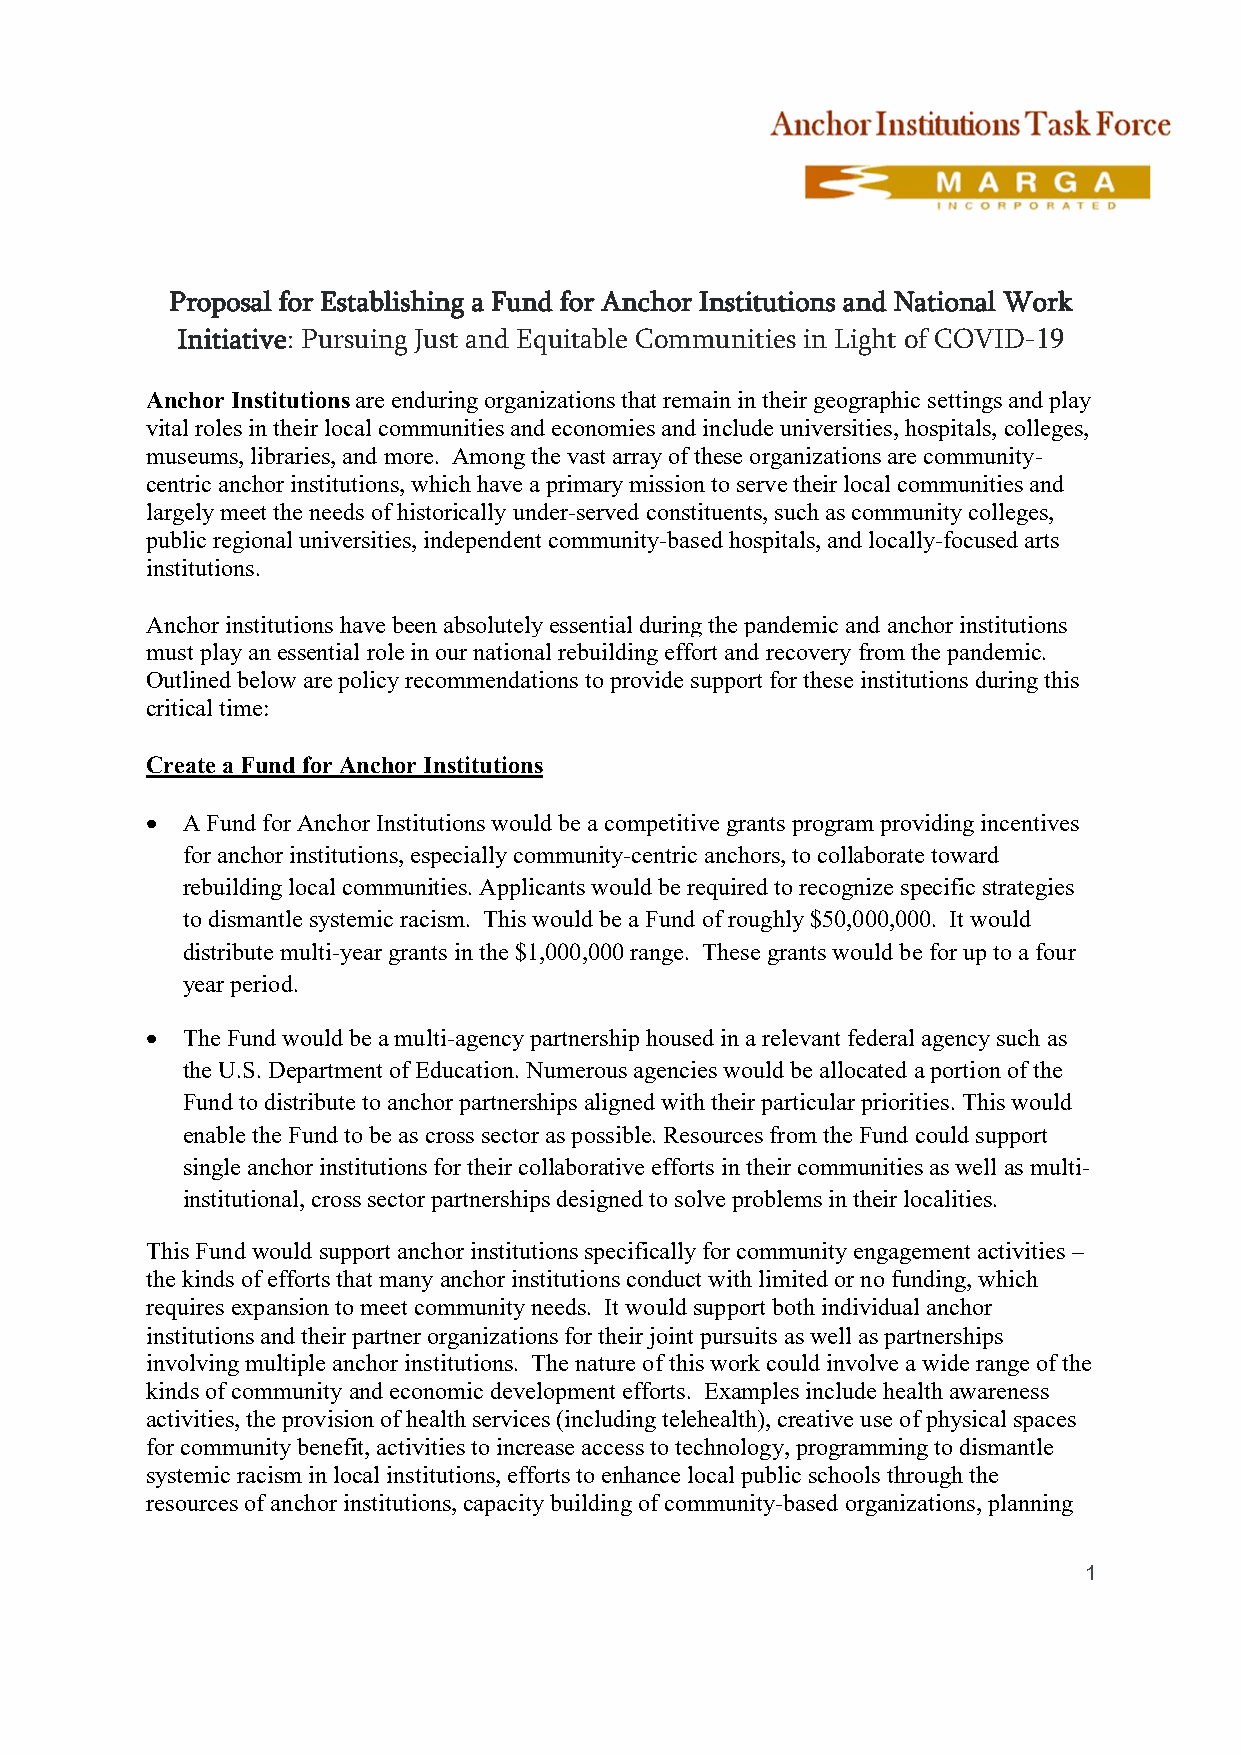
Proposal for Establishing a Fund for Anchor Institutions and National Work
 Initiative: Pursuing Just and Equitable Communities in Light of COVID-19
 Anchor Institutions are enduring organizations that remain in their geographic settings and play
 vital roles in their local communities and economies and include universities, hospitals, colleges,
 museums, libraries, and more. Among the vast array of these organizations are community-
 centric anchor institutions, which have a primary mission to serve their local communities and
 largely meet the needs of historically under-served constituents, such as community colleges,
 public regional universities, independent community-based hospitals, and locally-focused arts
 institutions.
 Anchor institutions have been absolutely essential during the pandemic and anchor institutions
 must play an essential role in our national rebuilding effort and recovery from the pandemic.
 Outlined below are policy recommendations to provide support for these institutions during this
 critical time:
 Create a Fund for Anchor Institutions
  A Fund for Anchor Institutions would be a competitive grants program providing incentives
 for anchor institutions, especially community-centric anchors, to collaborate toward
 rebuilding local communities. Applicants would be required to recognize specific strategies
 to dismantle systemic racism. This would be a Fund of roughly $50,000,000. It would
 distribute multi-year grants in the $1,000,000 range. These grants would be for up to a four
 year period.
  The Fund would be a multi-agency partnership housed in a relevant federal agency such as
 the U.S. Department of Education. Numerous agencies would be allocated a portion of the
 Fund to distribute to anchor partnerships aligned with their particular priorities. This would
 enable the Fund to be as cross sector as possible. Resources from the Fund could support
 single anchor institutions for their collaborative efforts in their communities as well as multi-
 institutional, cross sector partnerships designed to solve problems in their localities.
 This Fund would support anchor institutions specifically for community engagement activities –
 the kinds of efforts that many anchor institutions conduct with limited or no funding, which
 requires expansion to meet community needs. It would support both individual anchor
 institutions and their partner organizations for their joint pursuits as well as partnerships
 involving multiple anchor institutions. The nature of this work could involve a wide range of the
 kinds of community and economic development efforts. Examples include health awareness
 activities, the provision of health services (including telehealth), creative use of physical spaces
 for community benefit, activities to increase access to technology, programming to dismantle
 systemic racism in local institutions, efforts to enhance local public schools through the
 resources of anchor institutions, capacity building of community-based organizations, planning
 1